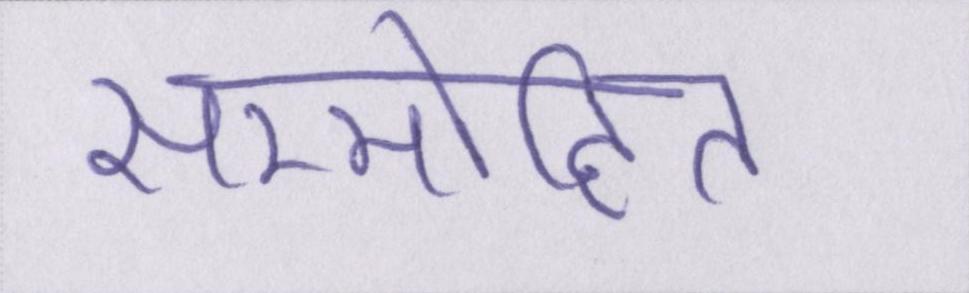
सम्मोहित